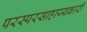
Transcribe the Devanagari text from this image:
परस्परसाहाय्यकारी